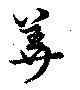
美